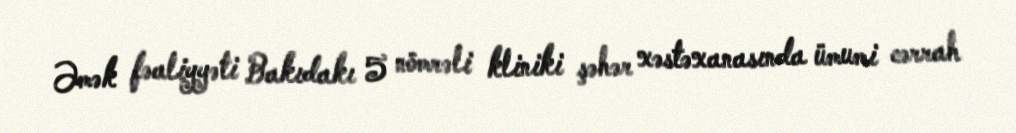
Əmək fəaliyyəti Bakıdakı 5 nömrəli kliniki şəhər xəstəxanasında ümumi cərrah